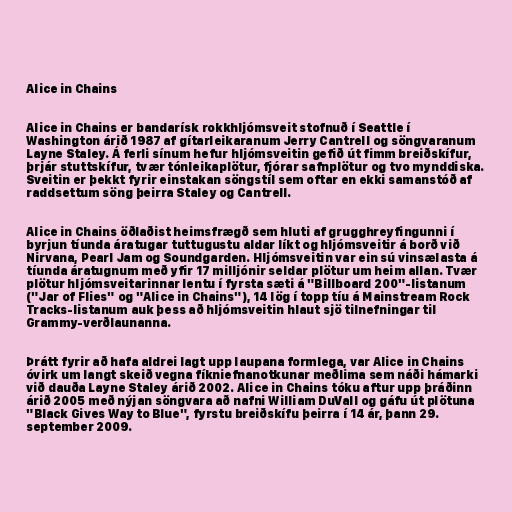
Alice in Chains

Alice in Chains er bandarísk rokkhljómsveit stofnuð í Seattle í
Washington árið 1987 af gítarleikaranum Jerry Cantrell og söngvaranum
Layne Staley. Á ferli sínum hefur hljómsveitin gefið út fimm breiðskífur,
þrjár stuttskífur, tvær tónleikaplötur, fjórar safnplötur og tvo mynddiska.
Sveitin er þekkt fyrir einstakan söngstíl sem oftar en ekki samanstóð af
raddsettum söng þeirra Staley og Cantrell.

Alice in Chains öðlaðist heimsfrægð sem hluti af grugghreyfingunni í
byrjun tíunda áratugar tuttugustu aldar líkt og hljómsveitir á borð við
Nirvana, Pearl Jam og Soundgarden. Hljómsveitin var ein sú vinsælasta á
tíunda áratugnum með yfir 17 milljónir seldar plötur um heim allan. Tvær
plötur hljómsveitarinnar lentu í fyrsta sæti á "Billboard 200"-listanum
("Jar of Flies" og "Alice in Chains"), 14 lög í topp tíu á Mainstream Rock
Tracks-listanum auk þess að hljómsveitin hlaut sjö tilnefningar til
Grammy-verðlaunanna.

Þrátt fyrir að hafa aldrei lagt upp laupana formlega, var Alice in Chains
óvirk um langt skeið vegna fíkniefnanotkunar meðlima sem náði hámarki
við dauða Layne Staley árið 2002. Alice in Chains tóku aftur upp þráðinn
árið 2005 með nýjan söngvara að nafni William DuVall og gáfu út plötuna
"Black Gives Way to Blue", fyrstu breiðskífu þeirra í 14 ár, þann 29.
september 2009.